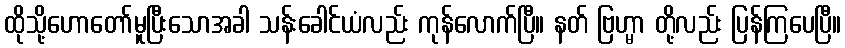
ထိုသို့ဟောတော်မူပြီးသောအခါ သန်းခေါင်ယံလည်း ကုန်လောက်ပြီ။ နတ် ဗြဟ္မာ တို့လည်း ပြန်ကြပေပြီ။